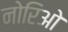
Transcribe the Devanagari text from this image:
नोरिओ